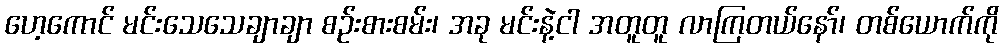
ဟေ့ကောင် မင်းသေသေချာချာ စဉ်းစားစမ်း၊ အခု မင်းနဲ့ငါ အတူတူ လာကြတယ်နော်၊ တစ်ယောက်ကို